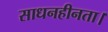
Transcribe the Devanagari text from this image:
साधनहीनता।